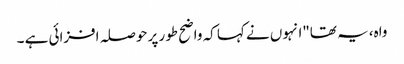
واہ، یہ تھا"انہوں نے کہا کہ واضح طور پر حوصلہ افزائی ہے ۔